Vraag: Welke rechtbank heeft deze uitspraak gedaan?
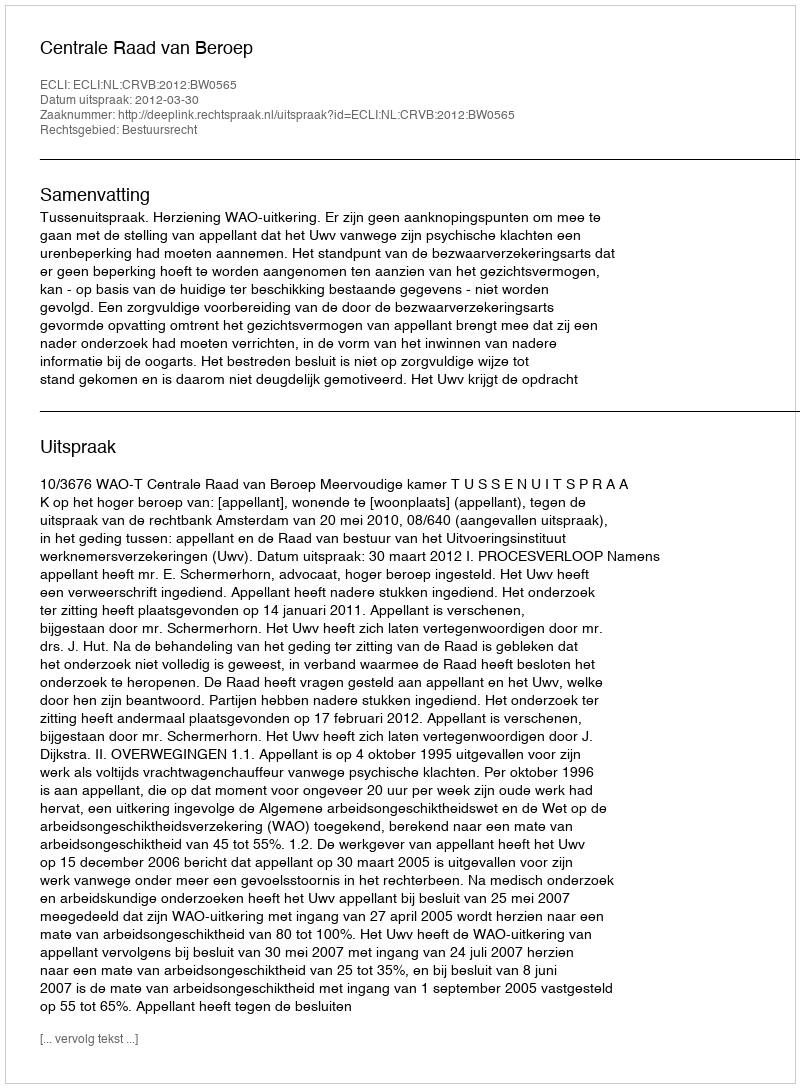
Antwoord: Centrale Raad van Beroep